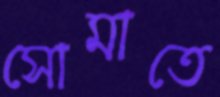
সোমাতে